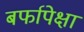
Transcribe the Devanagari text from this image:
बर्फापेक्षा